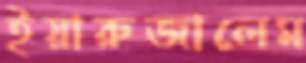
ইয়ারুজালেম